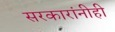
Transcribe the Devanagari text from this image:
सरकारांनीही